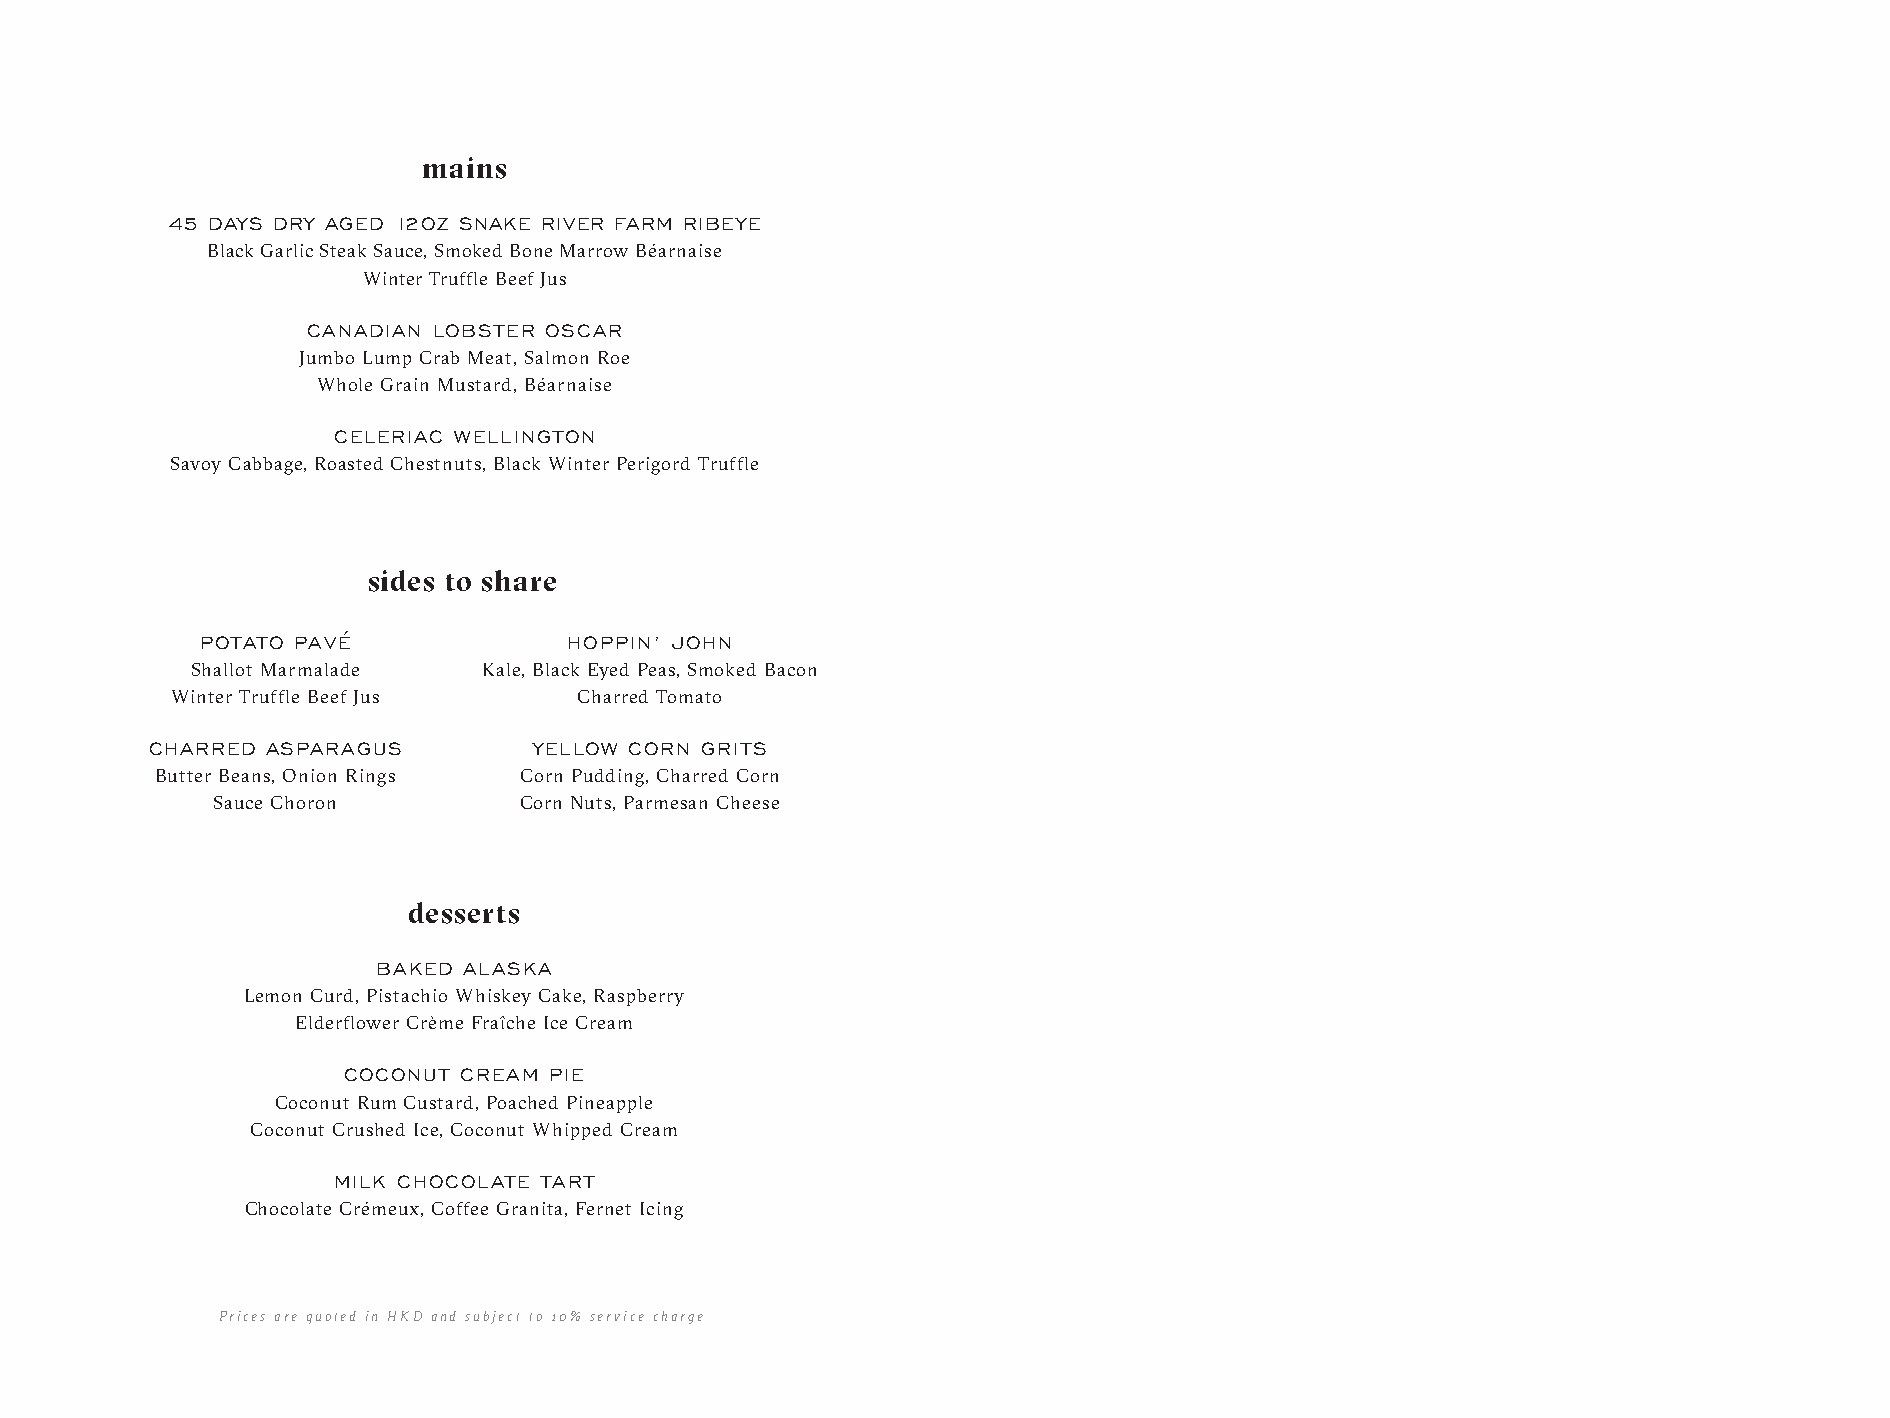
mains
 45 DAYS DRY AGED 12OZ SNAKE RIVER FARM RIBEYE
 Black Garlic Steak Sauce, Smoked Bone Marrow Béarnaise
 Winter Truffle Beef Jus
 CANADIAN LOBSTER OSCAR
 Jumbo Lump Crab Meat, Salmon Roe
 Whole Grain Mustard, Béarnaise
 CELERIAC WELLINGTON
 Savoy Cabbage, Roasted Chestnuts, Black Winter Perigord Truffle
 sides to share
 POTATO PAVÉ              HOPPIN’ JOHN
 Shallot Marmalade  Kale, Black Eyed Peas, Smoked Bacon
 Winter Truffle Beef Jus    Charred Tomato
 CHARRED ASPARAGUS        YELLOW CORN GRITS
 Butter Beans, Onion Rings Corn Pudding, Charred Corn
 Sauce Choron        Corn Nuts, Parmesan Cheese
 desserts
 BAKED ALASKA
 Lemon Curd, Pistachio Whiskey Cake, Raspberry
 Elderflower Crème Fraîche Ice Cream
 COCONUT CREAM PIE
 Coconut Rum Custard, Poached Pineapple
 Coconut Crushed Ice, Coconut Whipped Cream
 MILK CHOCOLATE TART
 Chocolate Crémeux, Coffee Granita, Fernet Icing
 Prices are quoted in HKD and subject to 10% service charge